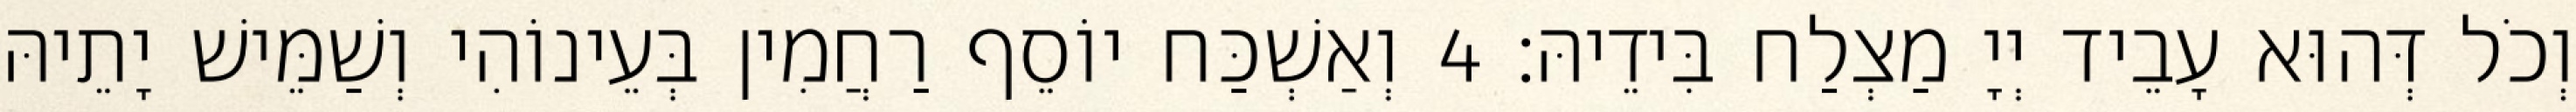
וְכֹל דְּהוּא עָבֵיד יְיָ מַצְלַח בִּידֵיהּ׃ 4 וְאַשְׁכַּח יוֹסֵף רַחֲמִין בְּעֵינוֹהִי וְשַׁמֵּישׁ יָתֵיהּ